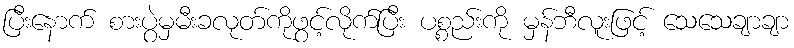
ပြီးနောက် စားပွဲမှမီးခလုတ်ကိုဖွင့်လိုက်ပြီး ပစ္စည်းကို မှန်ဘီလူးဖြင့် သေသေချာချာ